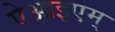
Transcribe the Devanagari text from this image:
ऐआइएम्